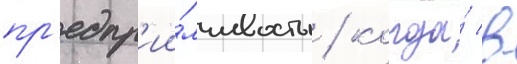
пр'едпр'ии́мчивость / когда́ в